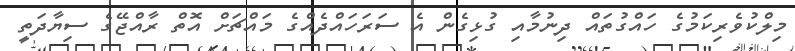
މިލްކުވެރިކަމުގެ ހައްގުތައް ދިނުމާއި ގުޅިގެން އެ ސަރަހައްދެއްގެ މައްޗަށް އޮތް ރާއްޖޭގެ ސިޔާދަތީ